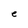
Character: e